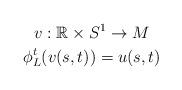
LaTeX: \begin{gather*}v:\mathbb{R}\times S^1\rightarrow M \\\phi_L^t(v(s,t))=u(s,t)\end{gather*}